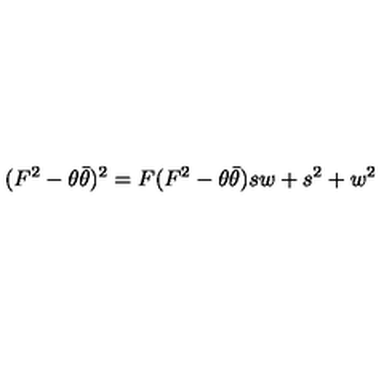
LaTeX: ( F ^ { 2 } - \theta \bar { \theta } ) ^ { 2 } = F ( F ^ { 2 } - \theta \bar { \theta } ) s w + s ^ { 2 } + w ^ { 2 }